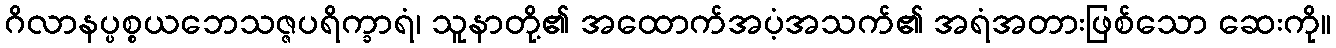
ဂိလာနပ္ပစ္စယဘေသဇ္ဇပရိက္ခာရံ၊ သူနာတို့၏ အထောက်အပံ့အသက်၏ အရံအတားဖြစ်သော ဆေးကို။